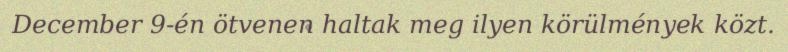
December 9-én ötvenen haltak meg ilyen körülmények közt.